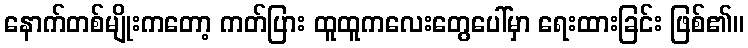
နောက်တစ်မျိုးကတော့ ကတ်ပြား ထူထူကလေးတွေပေါ်မှာ ရေးထားခြင်း ဖြစ်၏။